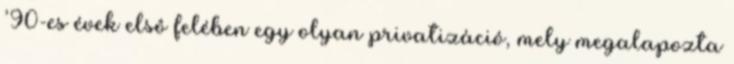
’90-es évek elsô felében egy olyan privatizáció, mely megalapozta